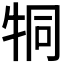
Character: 𤙓